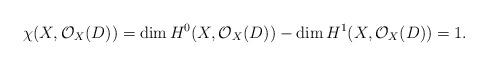
LaTeX: \begin{align*}\chi(X, \mathcal{O}_{X}(D))=\dim H^0(X, \mathcal{O}_{X}(D))-\dim H^1(X, \mathcal{O}_{X}(D))=1.\end{align*}